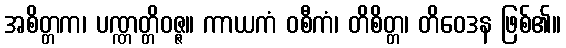
အစိတ္တက၊ ပဏ္ဏတ္တိဝဇ္ဇ။ ကာယကံ ဝစီကံ၊ တိစိတ္တ၊ တိဝေဒန ဖြစ်၏။